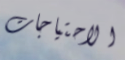
الاحتياجات